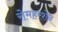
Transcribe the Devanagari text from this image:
रोमहरशेन